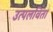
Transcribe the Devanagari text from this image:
उत्पलविता